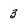
Character: 3